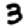
Digit: 3